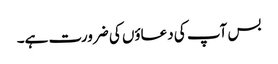
بس آپ کی دعاؤں کی ضرورت ہے۔